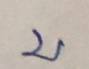
บ